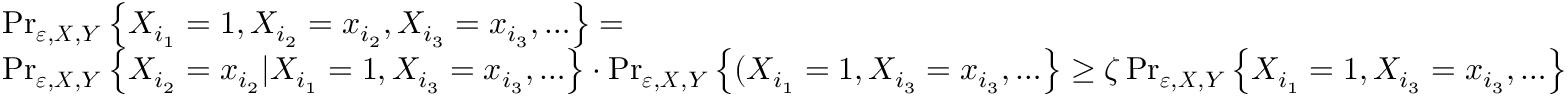
\begin{array} { r l } & { \operatorname* { P r } _ { \boldsymbol { \varepsilon } , \boldsymbol { X } , Y } \left\{ X _ { i _ { 1 } } = 1 , X _ { i _ { 2 } } = x _ { i _ { 2 } } , X _ { i _ { 3 } } = x _ { i _ { 3 } } , \ldots \right\} = } \\ & { \operatorname* { P r } _ { \boldsymbol { \varepsilon } , \boldsymbol { X } , Y } \left\{ X _ { i _ { 2 } } = x _ { i _ { 2 } } | X _ { i _ { 1 } } = 1 , X _ { i _ { 3 } } = x _ { i _ { 3 } } , \ldots \right\} \cdot \operatorname* { P r } _ { \boldsymbol { \varepsilon } , \boldsymbol { X } , Y } \left\{ ( X _ { i _ { 1 } } = 1 , X _ { i _ { 3 } } = x _ { i _ { 3 } } , \ldots \right\} \geq \zeta \operatorname* { P r } _ { \boldsymbol { \varepsilon } , \boldsymbol { X } , Y } \left\{ X _ { i _ { 1 } } = 1 , X _ { i _ { 3 } } = x _ { i _ { 3 } } , \ldots \right\} } \end{array}